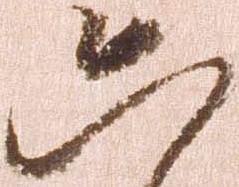
六